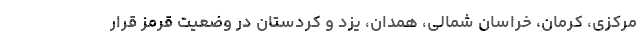
مرکزی، کرمان، خراسان شمالی، همدان، یزد و کردستان در وضعیت قرمز قرار